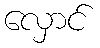
လှောင်